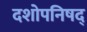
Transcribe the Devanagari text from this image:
दशोपनिषद्